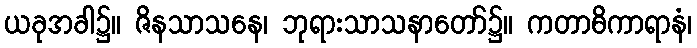
ယခုအခါ၌။ ဇိနသာသနေ၊ ဘုရားသာသနာတော်၌။ ကတာဓိကာရာနံ၊